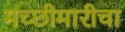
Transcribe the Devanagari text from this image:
मच्छीमारीचा